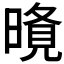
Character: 𭧐